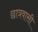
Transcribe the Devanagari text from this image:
छात्रवासी